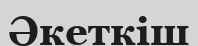
Әкеткіш